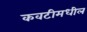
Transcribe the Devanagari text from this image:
कवटीमधील